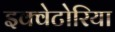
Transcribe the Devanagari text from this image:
इक्वेटोरिया